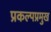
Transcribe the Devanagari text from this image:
प्रकल्पप्रमुख